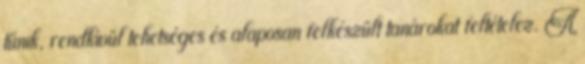
tűnik, rendkívül tehetséges és alaposan felkészült tanárokat feltételez. A